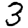
Digit: 3